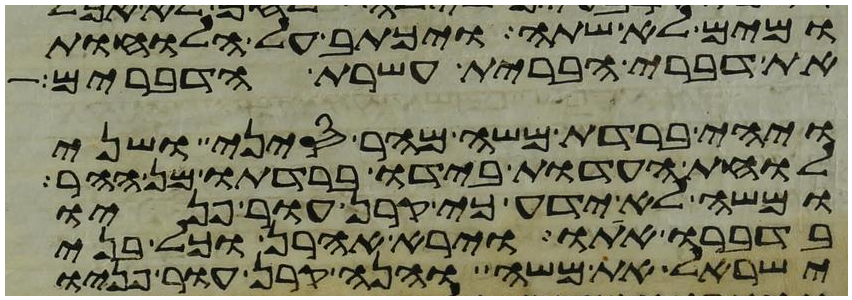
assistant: ומים לא שתה ויכתב על הלוחות
את דברי הברית עשרת הדברים
ויהי ברדת משה מהר סיני ושני
לוחת העדות בידו ברדתו מן ההר
ומשה לא ידע כי קרן עור פניו
בדברו אתו וירא אהרן וכל בני
ישראל את משה והנה קרן עור פניו